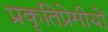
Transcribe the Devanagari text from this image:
प्रकृतिप्रेमीयों